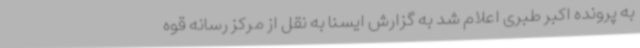
به پرونده اکبر طبری اعلام شد به گزارش ایسنا به نقل از مرکز رسانه قوه